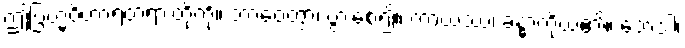
ဤဗြဟ္မဝိဟာရတရားတို့ကို။ ဘာဝေတွာ၊ ပွားစေ၍။ ကာယဿ၊ ခန္ဓာကိုယ်၏။ ဘေဒါ၊